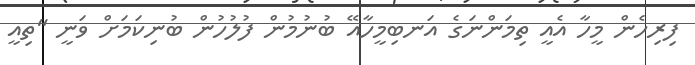
ފިރިހެން މީހާ އެއީ ތިމަންނަގެ އަނބިމީހާއޭ ބުނުމުން ފުލުހުން ބުނިކަމަށް ވަނީ "ތިއީ